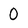
Character: 0